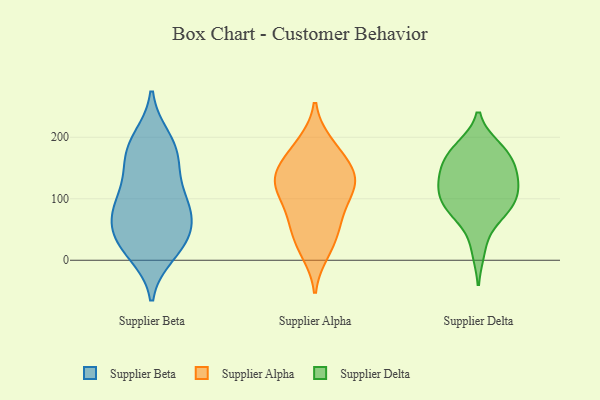
{"axis": {"x": "Demand Index", "y": "Value"}, "legend": ["Supplier Alpha", "Supplier Beta", "Supplier Delta"], "data": [{"x": "", "y": 198, "type": "Supplier Beta"}, {"x": "", "y": 192, "type": "Supplier Beta"}, {"x": "", "y": 72, "type": "Supplier Beta"}, {"x": "", "y": 169, "type": "Supplier Beta"}, {"x": "", "y": 27, "type": "Supplier Beta"}, {"x": "", "y": 56, "type": "Supplier Beta"}, {"x": "", "y": 104, "type": "Supplier Beta"}, {"x": "", "y": 28, "type": "Supplier Beta"}, {"x": "", "y": 167, "type": "Supplier Beta"}, {"x": "", "y": 92, "type": "Supplier Beta"}, {"x": "", "y": 24, "type": "Supplier Beta"}, {"x": "", "y": 152, "type": "Supplier Beta"}, {"x": "", "y": 59, "type": "Supplier Beta"}, {"x": "", "y": 110, "type": "Supplier Beta"}, {"x": "", "y": 11, "type": "Supplier Beta"}, {"x": "", "y": 80, "type": "Supplier Beta"}, {"x": "", "y": 119, "type": "Supplier Alpha"}, {"x": "", "y": 132, "type": "Supplier Alpha"}, {"x": "", "y": 128, "type": "Supplier Alpha"}, {"x": "", "y": 55, "type": "Supplier Alpha"}, {"x": "", "y": 25, "type": "Supplier Alpha"}, {"x": "", "y": 54, "type": "Supplier Alpha"}, {"x": "", "y": 164, "type": "Supplier Alpha"}, {"x": "", "y": 84, "type": "Supplier Alpha"}, {"x": "", "y": 88, "type": "Supplier Alpha"}, {"x": "", "y": 189, "type": "Supplier Alpha"}, {"x": "", "y": 130, "type": "Supplier Alpha"}, {"x": "", "y": 146, "type": "Supplier Alpha"}, {"x": "", "y": 14, "type": "Supplier Alpha"}, {"x": "", "y": 127, "type": "Supplier Alpha"}, {"x": "", "y": 183, "type": "Supplier Alpha"}, {"x": "", "y": 120, "type": "Supplier Delta"}, {"x": "", "y": 84, "type": "Supplier Delta"}, {"x": "", "y": 171, "type": "Supplier Delta"}, {"x": "", "y": 93, "type": "Supplier Delta"}, {"x": "", "y": 71, "type": "Supplier Delta"}, {"x": "", "y": 153, "type": "Supplier Delta"}, {"x": "", "y": 125, "type": "Supplier Delta"}, {"x": "", "y": 137, "type": "Supplier Delta"}, {"x": "", "y": 125, "type": "Supplier Delta"}, {"x": "", "y": 162, "type": "Supplier Delta"}, {"x": "", "y": 17, "type": "Supplier Delta"}, {"x": "", "y": 102, "type": "Supplier Delta"}, {"x": "", "y": 183, "type": "Supplier Delta"}, {"x": "", "y": 82, "type": "Supplier Delta"}, {"x": "", "y": 182, "type": "Supplier Delta"}]}